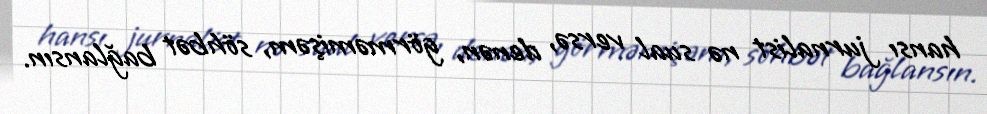
hansı jurnalist nə sual versə, denən, görməmişəm, söhbət bağlansın.